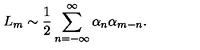
L _ { m } \sim \frac { 1 } { 2 } \sum _ { n = - \infty } ^ { \infty } \alpha _ { n } \alpha _ { m - n } .